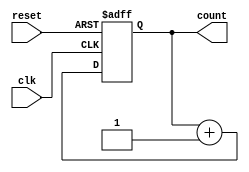
module binary_counter (
  input clk,
  input reset,
  output reg [3:0] count
);

// Declare internal signals
reg [3:0] next_count;

// Sequential logic for changing count value
always @(posedge clk or posedge reset)
begin
  if (reset)
    count <= 4'b0000;
  else
    count <= next_count;
end

// Logic for incrementing count value by 1
always @(*)
begin
  next_count = count + 1;
end

endmodule